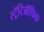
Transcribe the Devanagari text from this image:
स्ट्रॅटिग्रॅफिक